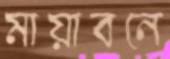
মায়াবনে